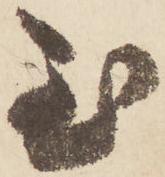
至